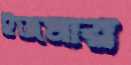
ইজমার